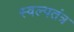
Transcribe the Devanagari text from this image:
स्वल्पतंत्र